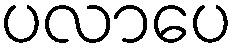
ပလာပေ